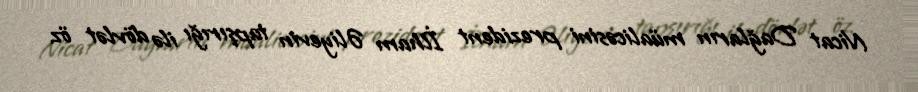
Nicat Dağların müalicəsini prezident İlham Əliyevin tapşırığı ilə dövlət öz